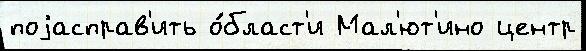
поjасправ'ить о́бласт'и Мал'ют'ино центр